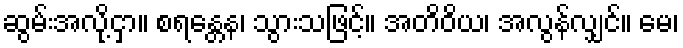
ဆွမ်းအလို့ငှာ။ စရန္တေန၊ သွားသဖြင့်။ အတိဝိယ၊ အလွန်လျှင်။ မေ၊